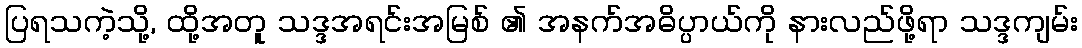
ပြရသကဲ့သို့, ထို့အတူ သဒ္ဒအရင်းအမြစ် ၏ အနက်အဓိပ္ပာယ်ကို နားလည်ဖို့ရာ သဒ္ဒကျမ်း